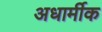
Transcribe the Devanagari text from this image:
अधार्मीक